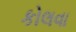
કોલવા